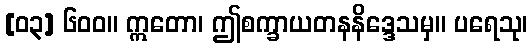
[၀၃] ၆၀၀။ ဣတော၊ ဤစက္ခာယတနနိဒ္ဒေသမှ။ ပရေသု၊